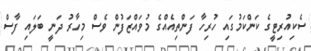
ސެކިއުރިޓީގެ ކަންކަމުގައި ހުރިހާ ފަންތިއެއްގެ މުވައްޒަފުން ވެސް މިހާރު ދަނީ ބަލައި ފާސް